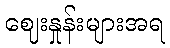
ဈေးနှုန်းများအရ